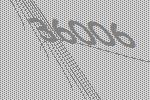
36006